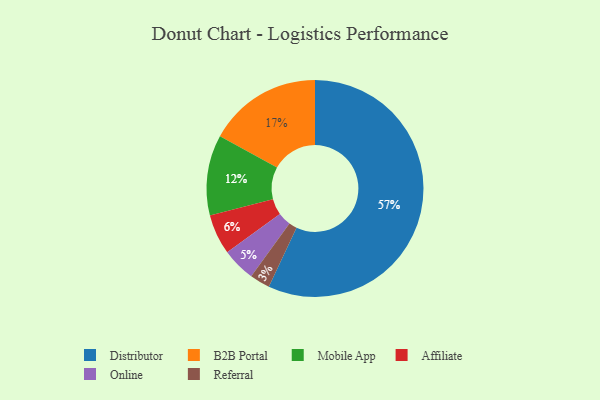
{"axis": {"x": "Category", "y": "Percentage"}, "legend": ["Affiliate", "B2B Portal", "Distributor", "Mobile App", "Online", "Referral"], "data": [{"x": "B2B Portal", "y": 17, "type": "B2B Portal"}, {"x": "Mobile App", "y": 12, "type": "Mobile App"}, {"x": "Affiliate", "y": 6, "type": "Affiliate"}, {"x": "Online", "y": 5, "type": "Online"}, {"x": "Distributor", "y": 57, "type": "Distributor"}, {"x": "Referral", "y": 3, "type": "Referral"}]}